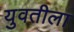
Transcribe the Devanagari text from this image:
युवतीला